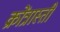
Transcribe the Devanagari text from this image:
क्रोंत्रास्ती